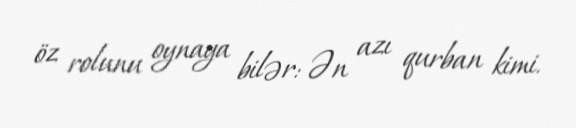
öz rolunu oynaya bilər: Ən azı qurban kimi.